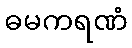
ဓမကရဏံ